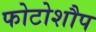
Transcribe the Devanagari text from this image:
फोटोशौप